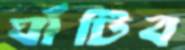
ঘাঁটিব